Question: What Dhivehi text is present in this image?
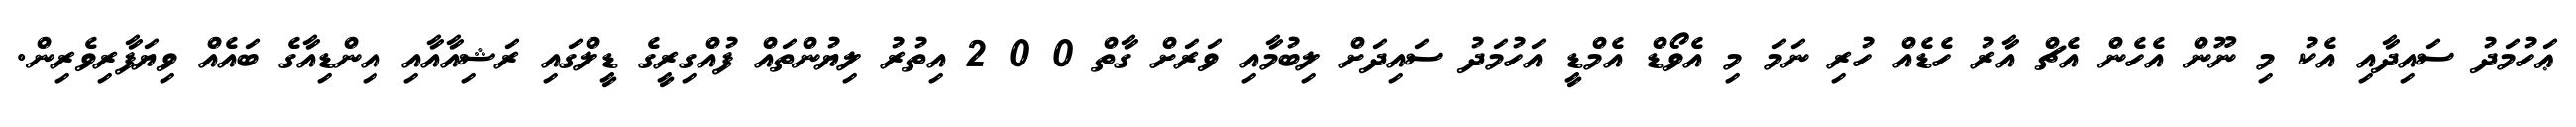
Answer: ޢަހުމަދު ސައިދާއި އެކު މި ނޫން އެހެން އެޗް އާރު ހެޑެއް ހުރި ނަމަ މި އެވޯޑް އެމްޑީ އަހުމަދު ސައިދަށް ލިބުމާއި ވަރަށް ގާތް 0 0 2 އިތުރު ލިޔުންތައް ފުއްގިރީގެ ޑީލްގައި ރަޝިއާއާއި އިންޑިއާގެ ބައެއް ވިޔަފާރިވެރިން.